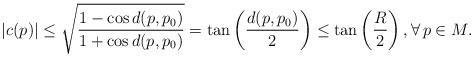
LaTeX: \begin{align*}|c(p)| \leq \sqrt{ \frac{ 1 - \cos d(p, p_0) }{1 + \cos d(p, p_0)} } = \tan \left( \frac{d(p, p_0)}{2} \right) \leq \tan \left( \frac{R}{2} \right), \forall \, p \in M.\end{align*}